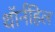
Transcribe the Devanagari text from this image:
थॉर्नहिल